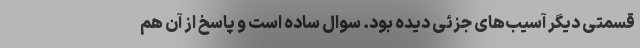
قسمتی دیگر آسیب‌های جزئی دیده بود. سوال ساده است و پاسخ از آن هم